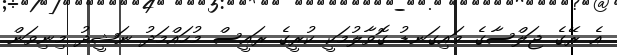
އެ ރޭގެ ޖަލްސާގެ މައިގަނޑު ގޮވާލުމަކީ ކުރީގެ ރައީސް މުހައްމަދު ނަޝީދު މިނިވަން